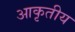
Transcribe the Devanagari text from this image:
आकृतीय